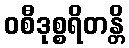
ဝစီဒုစ္စရိတန္တိ